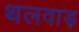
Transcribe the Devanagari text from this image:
थलवाड़